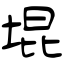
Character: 堒